Report on vaccination in the Province of Bengal - 1874-1889
Year: 1874
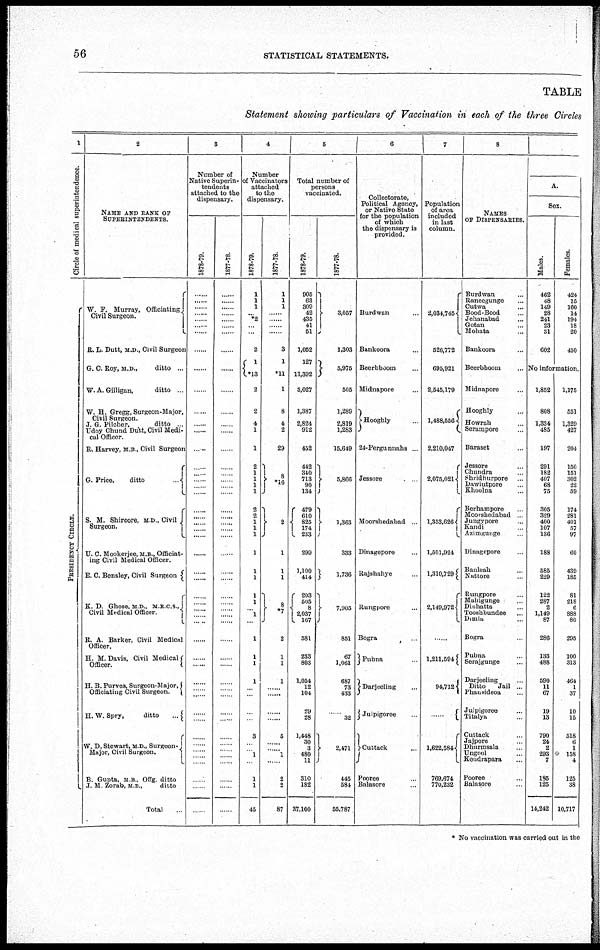
56
STATISTICAL STATEMENTS.
TABLE
Statement showing particulars of Vaccination in each of the three Circles
1
Circle of medical superintendence.
P RE S IDE NCY CI RCLE.
2
NAME AND RANK OF
SUPERINTENDENTS.
W. F. Murray, Officiating.
Civil Surgeon.
R. L. Dutt, M.D., Civil Surgeon
G. C. Roy, M.D.,
ditto ...
W. A. Gilligan,
ditto ...
W. H. Gregg, Surgeon-Major,
Civil Surgeon.
J. G. Pilcher,
ditto ...
Udoy Ghund Dutt, Civil Medi-
cal Officer.
R. Harvey, M.B., Civil Surgeon
G. Price,
ditto
...
S. M. Shircore, M.D., Civil
Surgeon.
U. C. Mookerjee, M.B., Officiat-
ing Civil Medical Officer.
E. C. Bensley, Civil Surgeon.
K. D. Ghose, M.D., M.R.C.S.,
Civil Medical Officer.
R. A. Barker, Civil Medical
Officer.
H. M.Davis, Civil Medical
Officer.
H. B. Purves, Surgeon-Major,
Officiating Civil Surgeon.
H.W. Spry,
ditto
...
W. D. Stewart, M.D., Surgeon-
Major, Civil Surgeon.
B. Gupta, M.B., Offg. ditto
J. M. Zorab, M.B.,
ditto
Total...
3
Number of
Native Superin-
tendents
attached to the
dispensary.
1878-79.
......
......
......
......
......
......
......
......
......
......
......
......
......
......
......
......
......
......
......
......
......
......
...... ......
......
......
......
......
......
......
......
......
......
......
......
......
......
......
......
......
......
......
......
......
......
......
......
......
1877-78.
......
......
......
......
......
......
......
......
......
......
......
......
......
......
......
......
......
......
......
......
......
......
...... ......
......
......
......
......
......
......
......
......
......
......
......
......
......
......
......
......
......
......
......
......
......
......
......
......
4
Number
of Vaccinators
attached
to the
dispensary.
1878-79.
1
1
1
... *2
...
...
2
1
*13
2
2
4
1
1
2
1
1
1
1
2
2
1
1
1
1
1
1
1
1
... 1
...
1
1
1
1
...
...
...
...
3
......
...... 1
...
1
1
45
1877-78.
1
1
1
......
......
......
......
3
1
*11
1
8
4
2
29
8
*16
2
1
1
1
8
*7
2
1
1
1
......
......
......
......
5
......
...... 1
......
2
2
87
5
Total number of
persons
vaccinated.
1878-79.
905
63
309
42
435
41
51
1,052
127
11,392
3,027
1,387
2,824
912
452
442
340
713
90
134
479
610
825
174
233
299
1,100
414
203
505
8
2,037
167
581
233
803
1,054
12
104
29
28
1,448
30
3
480
11
310
182
37,100
1877-78.
3,057
1,303
5,975
505
1,289
2,819
1,283
15,649
5,866
1,363
333
1,736
7,905
851
67
1,061
687
73
433
......
32
2,471
445
584
55,787
6
Collectorate,
Political Agency,
or Native State
for the population
of which
the dispensary is
provided.
Burdwan
Bankoora ...
Beerbhoom ...
Midnapore ...
Hooghly ...
24-Pergunnahs ...
Jessore ... ...
Moorshedabad ...
Dinagepore...
Rajshahye...
Rungpore...
Bogra...
Pubna...
Darjeeling...
Julpigoree...
Cuttack...
Pooree...
Balasore...
...
7
Population
of area
included
in last
column.
2,034,745
526,772
695,921
2,545,179
1,488,656
2,210,047
2,075,021
1,353,626
1,501,924
1,310,729
2,149,972
......
1,211,594
94,712
......
1,622,584
769,674
770,232
...
8
NAMES
OF DISPENSARIES.
Burdwan ...
Raneegunge ...
Cutwa ...
Bood-Bood ...
Jehanabad ...
Gotan ...
Mohata ...
Bankoora ...
Beerbhoom ...
Midnapore ...
Hooghly ...
Howrah ...
Serampore ...
Baraset ...
Jessore ...
Chundra ...
Shridhurpore ...
Dawlutpore ...
Khoolna ...
Berhampore ...
Moorshedabad ...
Jungypore...
Kandi...
Azimgunge...
Dinagepore...
Bauleah...
Nattore...
Rungpore...
Mahigunge...
Dinhatta...
Tooshbundee...
Dimla...
Bogra...
Pubna...
Serajgunge...
Darjeeling...
Ditto
Jail ...
Phansideoa...
Julpigoree...
Titalya...
Cuttack...
Jaipore...
Dhurmsala...
Ungool...
Kendrapara...
Pooree...
Balasore...
...
A.
Sex.
Males.
462
48
149
28
241
23
31
602
Females.
424
15
160
14
194
18
20
450
No information.
1,852
808
1,334
485
197
291
182
407
68
75
305
329
400
107
136
188
585
229
122
287
2
1,149
87
286
133
488
590
11
67
19
13
790
24
2
293
7
185
125
14,242
1,175
551
1,329
427
204
150
151
302
22
59
174
281
401
57
97
60
439
185
81
218
6
888
80
295
100
313
464
1
37
10
15
518
6
1
158
4
125
38
10,717
* No vaccination was carried out in the